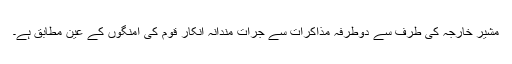
مشیر خارجہ کی طرف سے دوطرفہ مذاکرات سے جرأت مندانہ انکار قوم کی امنگوں کے عین مطابق ہے۔